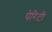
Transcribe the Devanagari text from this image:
पेरिटी